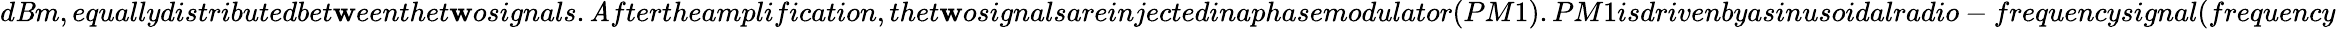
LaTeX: d\mathit{B}m,equallydistributedbet\mathbf{w}eenthet\mathbf{w}osignals.\mathit{A}ftertheamplification,thet\mathbf{w}osignalsareinjectedinaphasemodulator(PM1).PM1isdrivenbyasinusoidalradio-frequencysignal(frequency